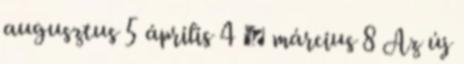
augusztus 5 április 4 ▼ március 8 Az új